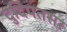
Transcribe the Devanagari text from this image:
दुदिपतसर